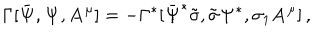
\Gamma [ \bar { { \bf \Psi } } , { \bf \Psi } , { \bf A ^ { \mu } } ] = - \Gamma ^ { * } [ \bar { { \bf \Psi } } ^ { * } \tilde { \sigma } , \tilde { \sigma } { \bf \Psi } ^ { * } , \sigma _ { 1 } { \bf A ^ { \mu } } ] \, ,